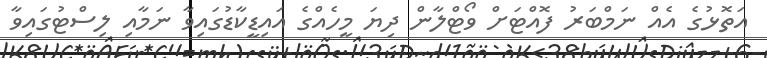
އަތޮޅުގެ އެއް ނަމްބަރު ފޮއްޓަށް ވޯޓްލާން ދިޔަ މީހެއްގެ އައިޑީކާޑުގައިވާ ނަމާއި ލިސްޓުގައިވާ